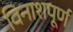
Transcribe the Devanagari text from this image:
विनाशपूर्ण